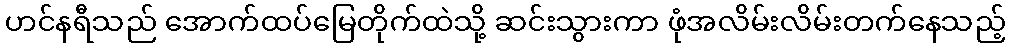
ဟင်နရီသည် အောက်ထပ်မြေတိုက်ထဲသို့ ဆင်းသွားကာ ဖုံအလိမ်းလိမ်းတက်နေသည့်